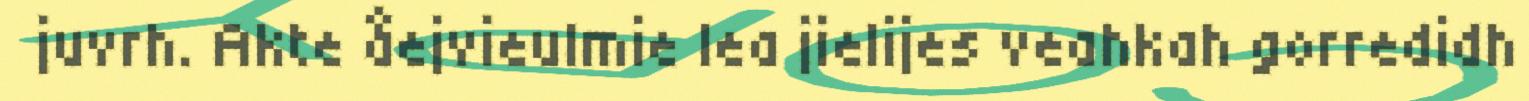
juvrh. Akte åejvieulmie lea jielijes veahkah gorredidh